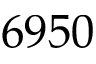
6 9 5 0